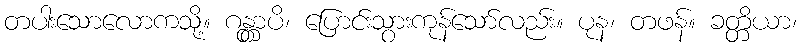
တပါးသောလောကသို့။ ဂန္တွာပိ၊ ပြောင်းသွားကုန်သော်လည်း။ ပုန၊ တဖန်။ ခတ္တိယာ၊